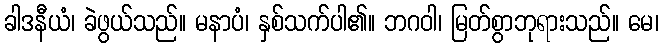
ခါဒနီယံ၊ ခဲဖွယ်သည်။ မနာပံ၊ နှစ်သက်ပါ၏။ ဘဂဝါ၊ မြတ်စွာဘုရားသည်။ မေ၊